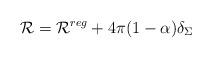
LaTeX: \begin{align*}{\cal R}={\cal R}^{reg}+4\pi (1-\alpha )\delta_\Sigma\end{align*}